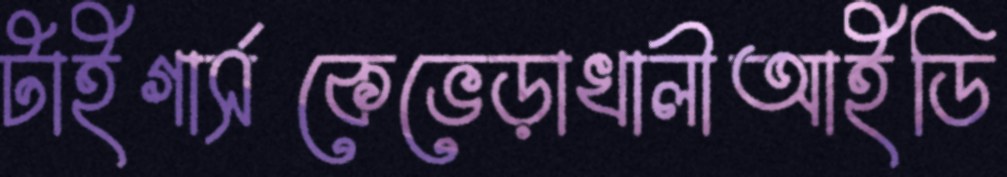
টাইগার্সকেভেড়াখালীআইডি